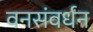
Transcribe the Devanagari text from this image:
वनसंवर्धन